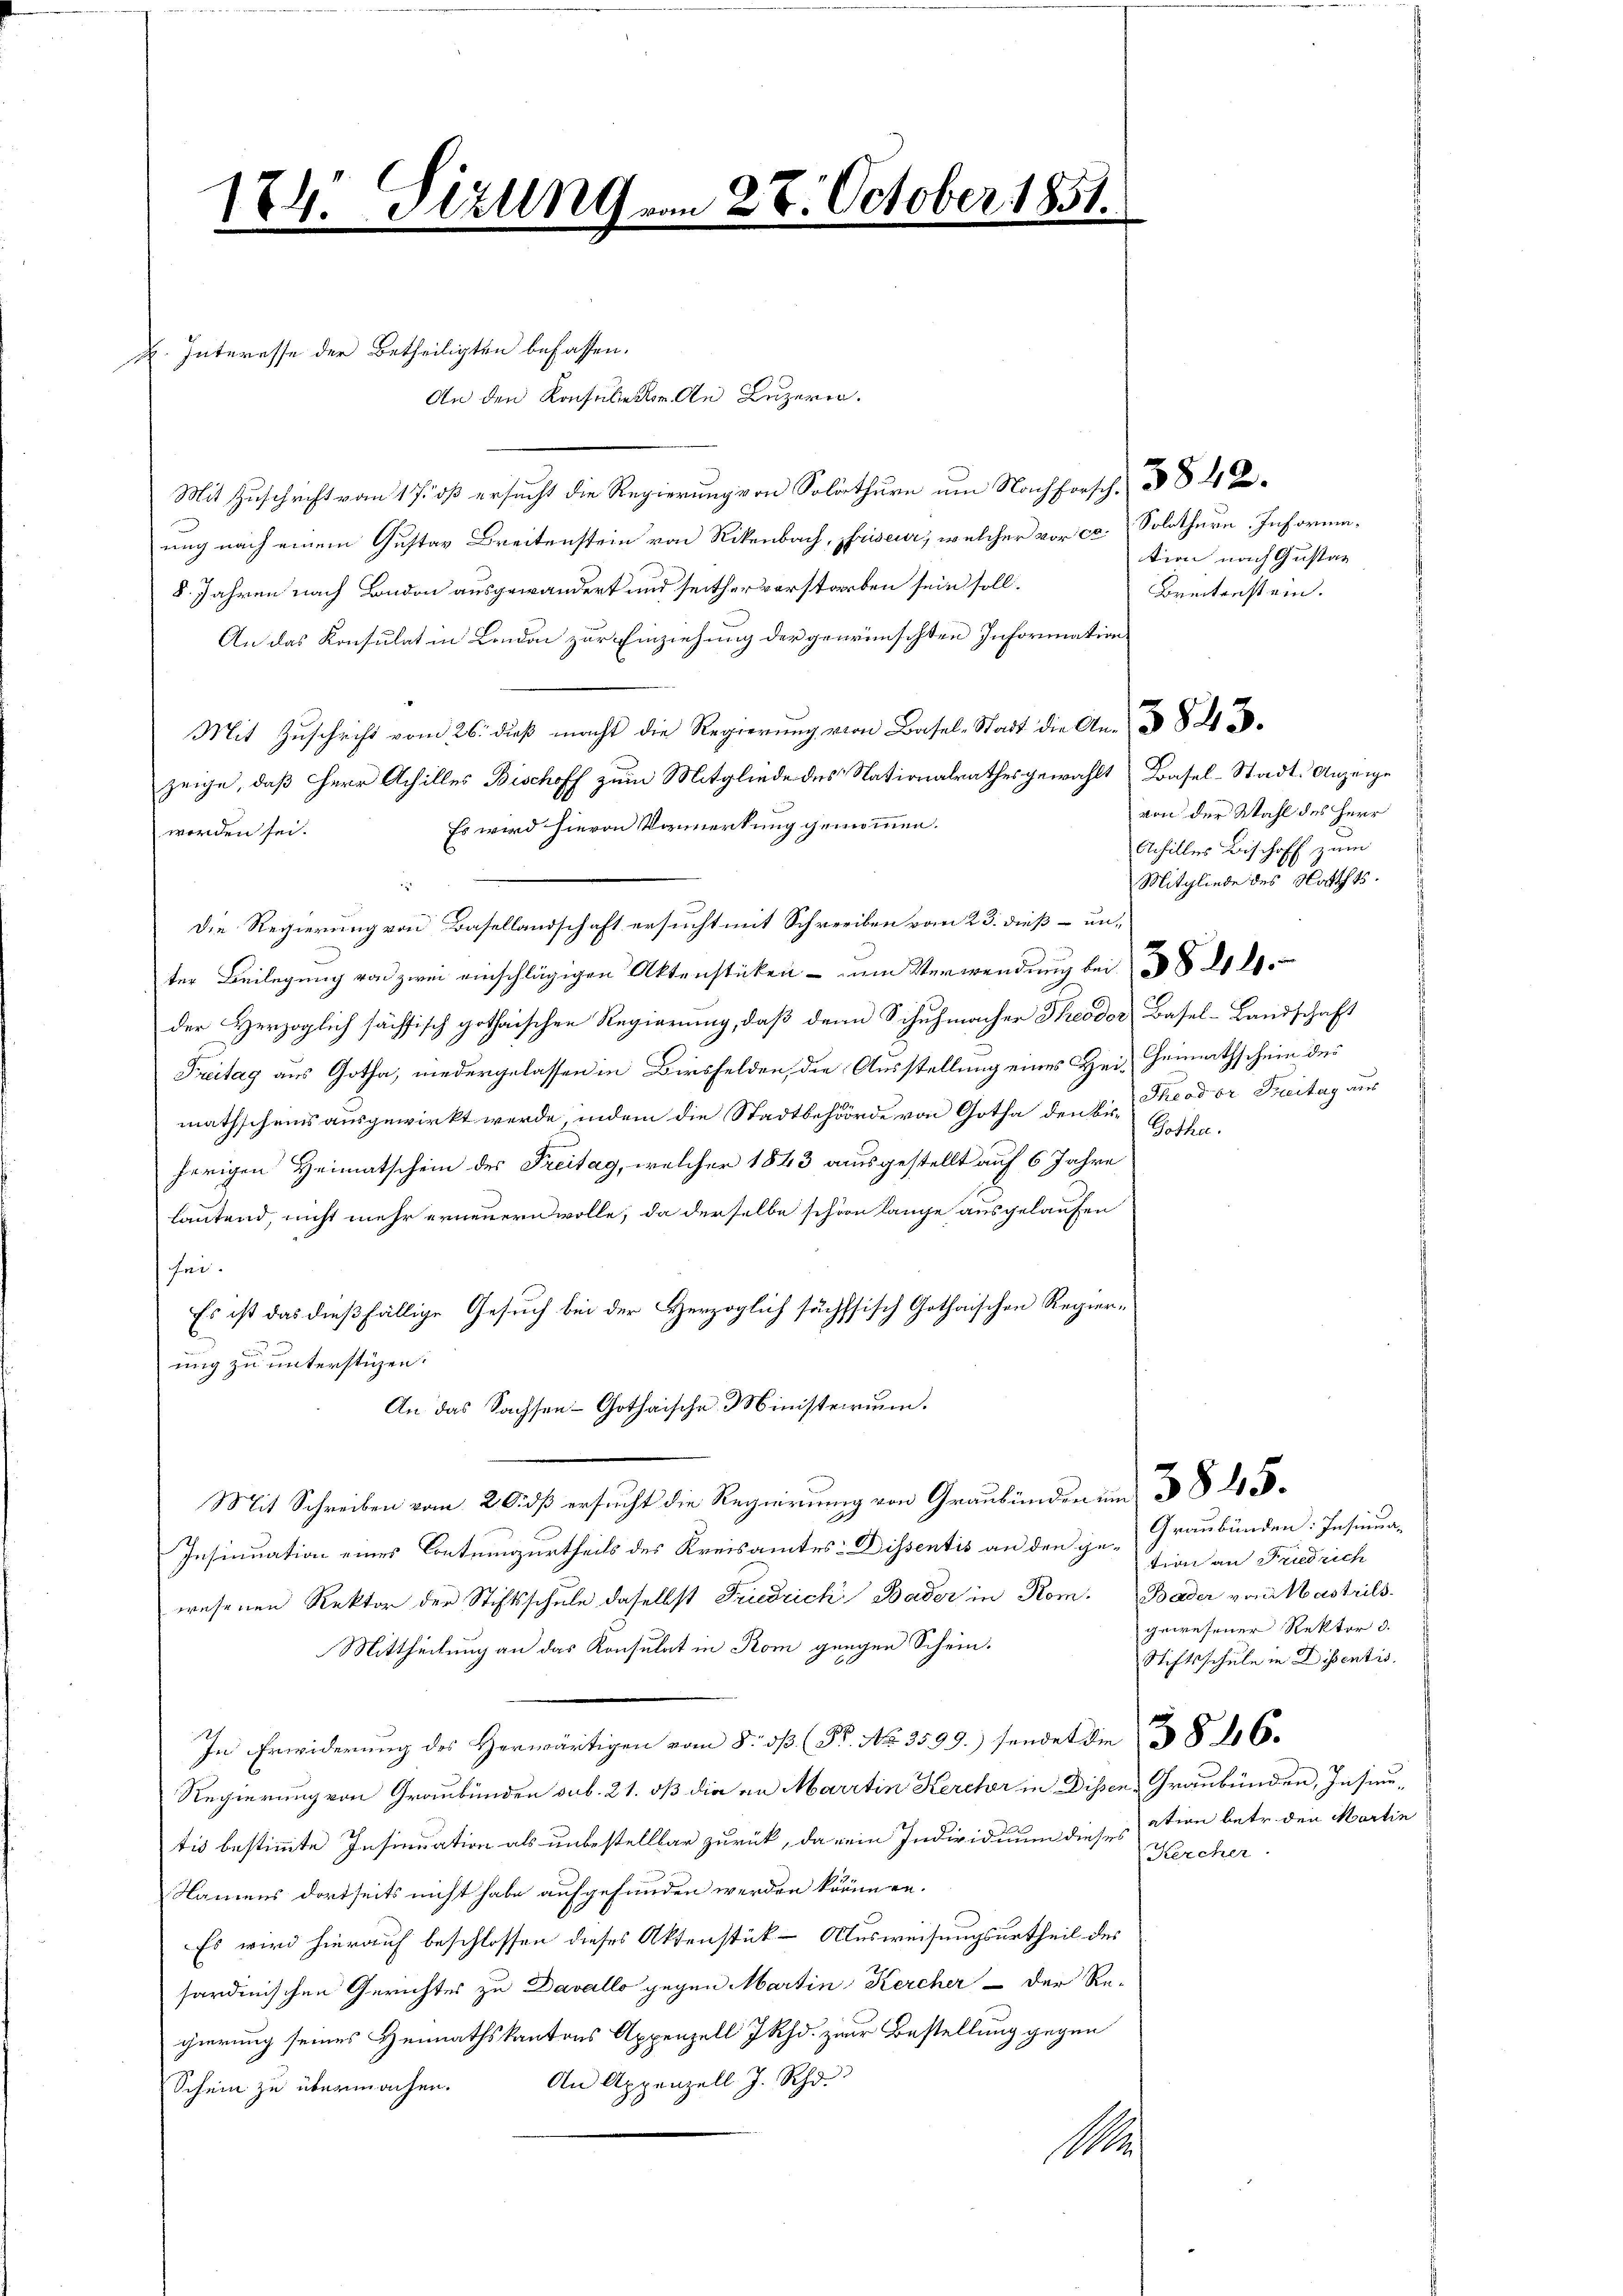
K. Interesse der Betheiligten befassen.
An den Konsulieder An Luzern.

174. Sizung vom 28. October 1851.

Mit Zuschrift vom 17. dß ersucht die Regierung von Solothurn um Nachforsch, § 2
ung nach einem Gustav Breitenstein von Rikenbach, priseur, welcher vor ca. Solothurn. Informa¬
8. Jahren nach Bondon ausgewandert und seither verstorben sein soll.
An das Konsulat in London zur Einziehung der gewünschten Information
Mit Zuschrift vom 26. dieß macht die Regierung von Basel-Stadt die An-
zeige, daß Herr Achilles Bischoff zum Mitgliede des Nationalrathes gewählt Basel-Stadt-Anzeige
Es wird hievon Vormerkung genommen.
worden sei.
ter Beilegung von zwei einschlägigen Aktenstücken - zum Verwendung bei
der Herzoglich sächsisch gothaischen Regierung, daß dann Schuhmacher Theodor Basel-Landschaft
Treitag aus Gotha, niedergelassen in Birsfelden, die Ausstellung eines Hei-Heimathschein des
mathscheins ausgewirkt werde, indem die Stadtbehörde von Gotha den bis Theodor Dreitag aus
herigen Heimatschein des Freitag, welcher 1843 ausgestellt auf 6 Jahre
lautend, nicht mehr erneuern wolle; da derselbe schön lange ausgelaufen
fei.
Es ist das dießfällige Gesuch bei der Herzoglich sächstisch Gothaischen Regierung zu unterstüzen.
An das Sachsen Gothaische Ministerium.
Mit Schreiben vom 20. dß ersucht die Regierung von Graubünden um
Insinuation eines Contuunzurtheils des Kreisamtes Dissentis an den ge- Graubünden: Insinuawesenen Rektor der Stiftsschule daselbst Friedrich Bader in Rom. Bader von Mastrils-
Mittheilung an das Konsulat in Rom gangen Schein-
In Erwiderung des Herwärtigen vom 8. dβ (Pr. No. 3599.) sendet die 38 26.
Regierung von Graubünden sub. 21. dß die an Martin Kercher in Dissen Graubünden, Insinutis bestimmte Insinuation als unbestellbar zurück, da ein Individium dieses ation betr. den Martin
Namens dortseits nicht habe aufgefunden werden können.
Es wird hierauf beschlossen dieses Aktenstük – Ausweisungsurtheil des
sardinischen Gerichter zu Davallo gegen Martin Kercher - der Re-
gierung seines Heimathskantons Appenzell IRhd. zur Bestellung gegen
An Appenzell J. Sch
Schein zu übermachen.
M.

Die Regierung von Basellandschaft ersucht mit Schreiben vom 23. dieß – un¬

tion nach Gustan
Breitenstein.

von der Wahl des Herr
Achilles Bischoff zum
Mitgliede des Noththts.

tion an Friedrich
gewesener Rektor d.
Stiftsschule in Dissentis
Kercher

Gotha.